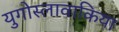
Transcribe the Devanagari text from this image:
युगोस्लावाकिया